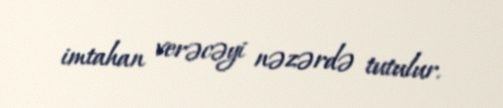
imtahan verəcəyi nəzərdə tutulur.